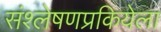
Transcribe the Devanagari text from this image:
संश्लेषणप्रकियेला